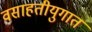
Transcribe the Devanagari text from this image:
वसाहतीयुगात